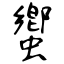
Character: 蠁